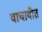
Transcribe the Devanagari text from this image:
वाचावीत